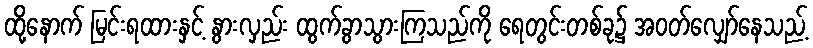
ထို့နောက် မြင်းရထားနှင့် နွားလှည်း ထွက်ခွာသွားကြသည်ကို ရေတွင်းတစ်ခု၌ အဝတ်လျှော်နေသည့်